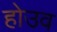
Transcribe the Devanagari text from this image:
होउव